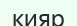
кияр